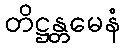
တိဋ္ဌန္တမေနံ